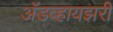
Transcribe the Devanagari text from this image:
अॅडव्हायझरी